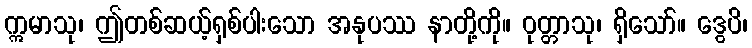
ဣမာသု၊ ဤတစ်ဆယ့်ရှစ်ပါးသော အနုပဿ နာတို့ကို။ ဝုတ္တာသု၊ ရှိသော်။ ဒွေပိ၊